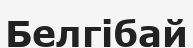
Белгібай